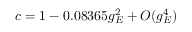
c = 1 - 0 . 0 8 3 6 5 g _ { E } ^ { 2 } + O ( g _ { E } ^ { 4 } )